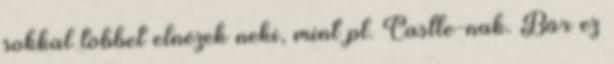
sokkal többet elnézek neki, mint pl. Castle-nak. Bár ez